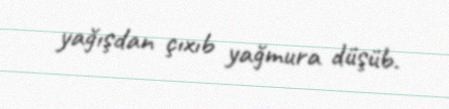
yağışdan çıxıb yağmura düşüb.